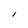
Character: I